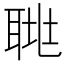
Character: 𦖅